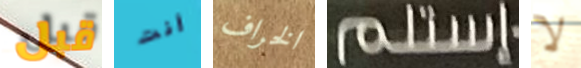
قبل أنت الخراف إستلم لا